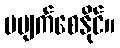
မပျက်စေနိုင်။